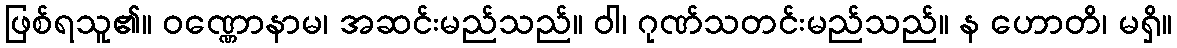
ဖြစ်ရသူ၏။ ဝဏ္ဏောနာမ၊ အဆင်းမည်သည်။ ဝါ၊ ဂုဏ်သတင်းမည်သည်။ န ဟောတိ၊ မရှိ။